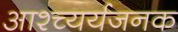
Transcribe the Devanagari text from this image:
आश्च्यर्यजनक